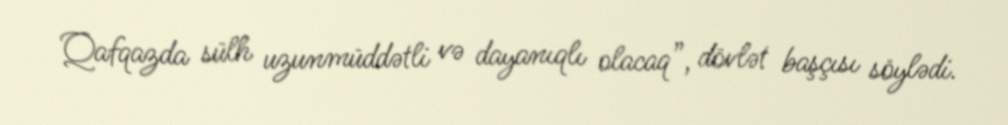
Qafqazda sülh uzunmüddətli və dayanıqlı olacaq”, dövlət başçısı söylədi.